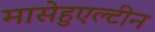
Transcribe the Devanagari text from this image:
मासेहुएल्टीन